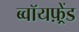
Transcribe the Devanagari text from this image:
ब्वॉयफ़्रेंड